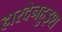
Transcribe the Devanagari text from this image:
हारदेनहुइश